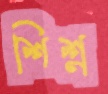
শিশ্ন